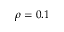
\rho = 0 . 1